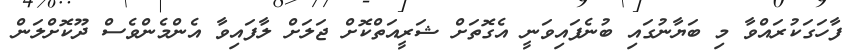
ފާހަގަކުރައްވާ މި ބަޔާނުގައި ބުނެފައިވަނީ އެގޮތަށް ޝަރީއަތްކޮށް ޖަލަށް ލާފައިވާ އެންމެންވެސް ދޫކޮށްލަން